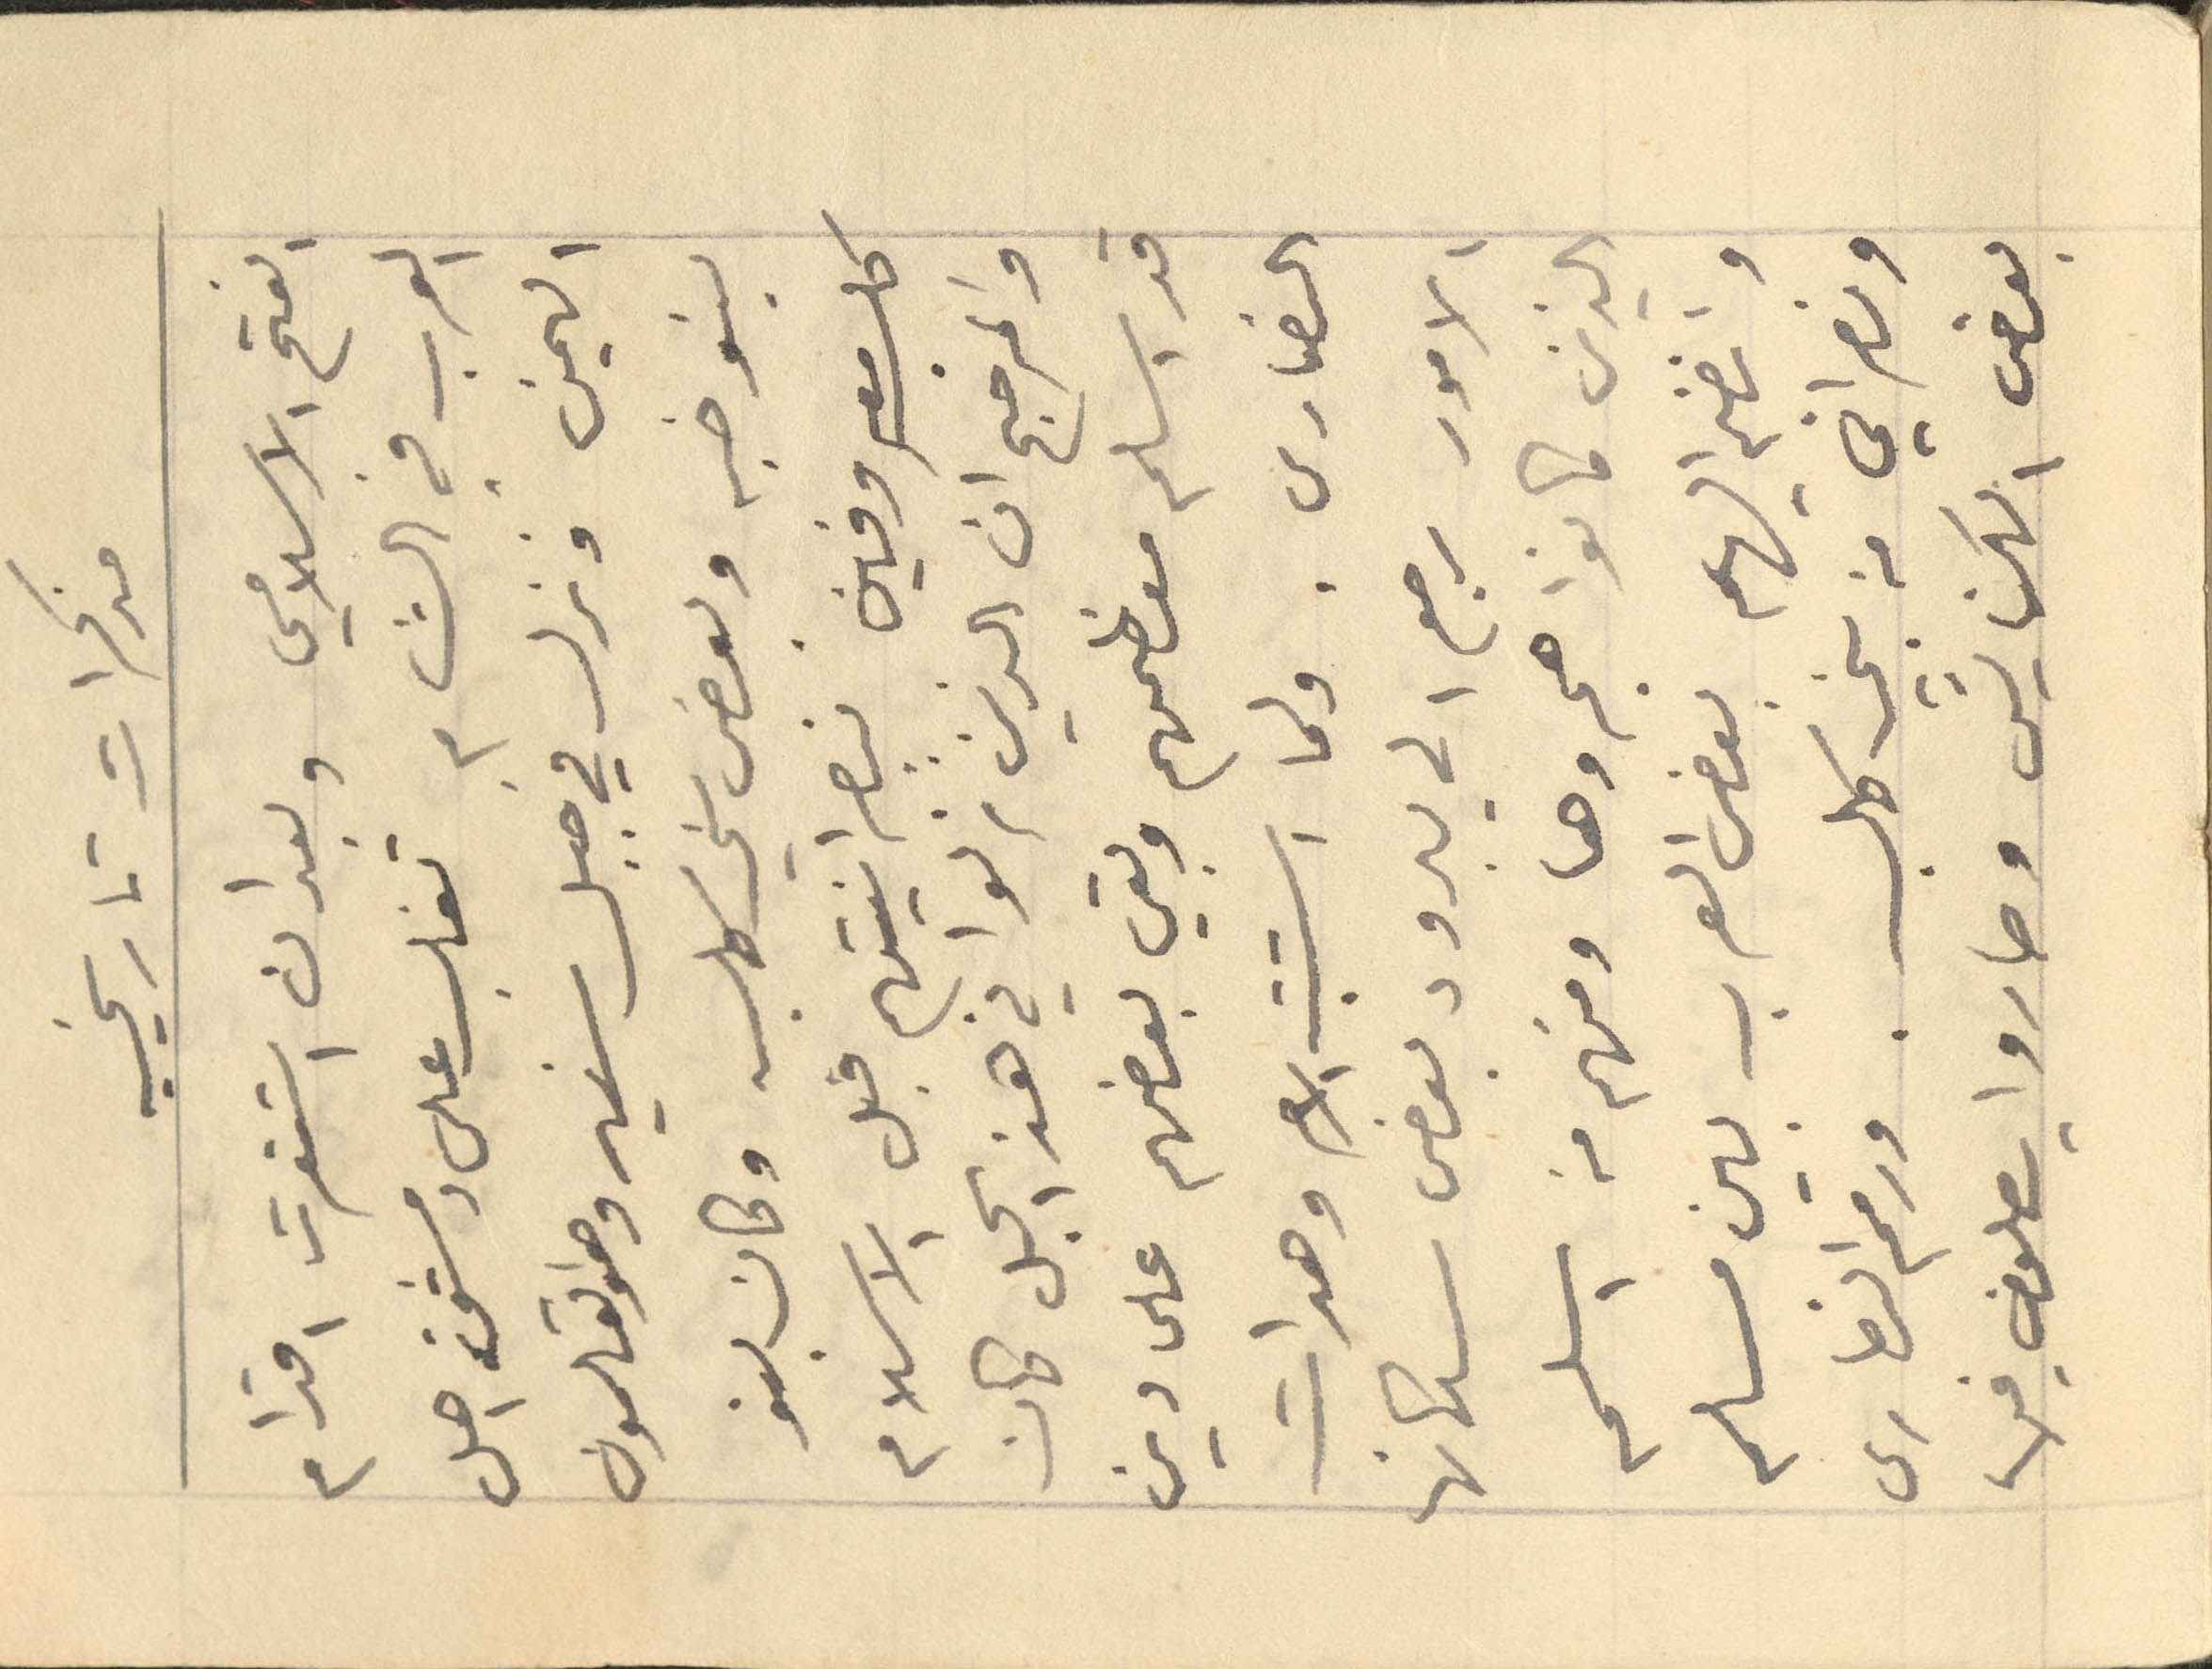
مذكرات تاريخيه
الفتح الاسلامي وبعد ان استقرت اقدام
العرب في الشام تغلب على دمشق اهل
اليمن ونزل في جبل سنير وهو القلمون
بنو ضبه وبعض بني كلب وكان بنو
كلب معروفين بنصرانيتهم قبل الاسلام
والمرجح ان الذين نزلوا في هذا الجبل كان
قد اسلم معظمهم وبقي بعضهم على دين
النصارى. ولما استتب الامر وهدات
الامور رجع الى يبرود بعض سكانها
الذين كانوا هجروها ومنهم من اسلم
وانضم اليهم بعض العرب بين مسلم
ونصراني من بني كلب. ورمم النصارى
بعض الكنايس وصاروا يصلون فيها